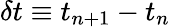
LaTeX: \delta t\equiv t_{n+1}-t_{n}